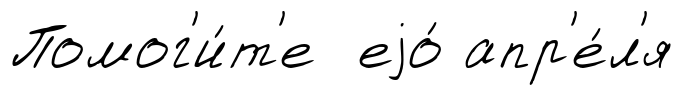
Помог'и́т'е еjо́ апр'е́л'я